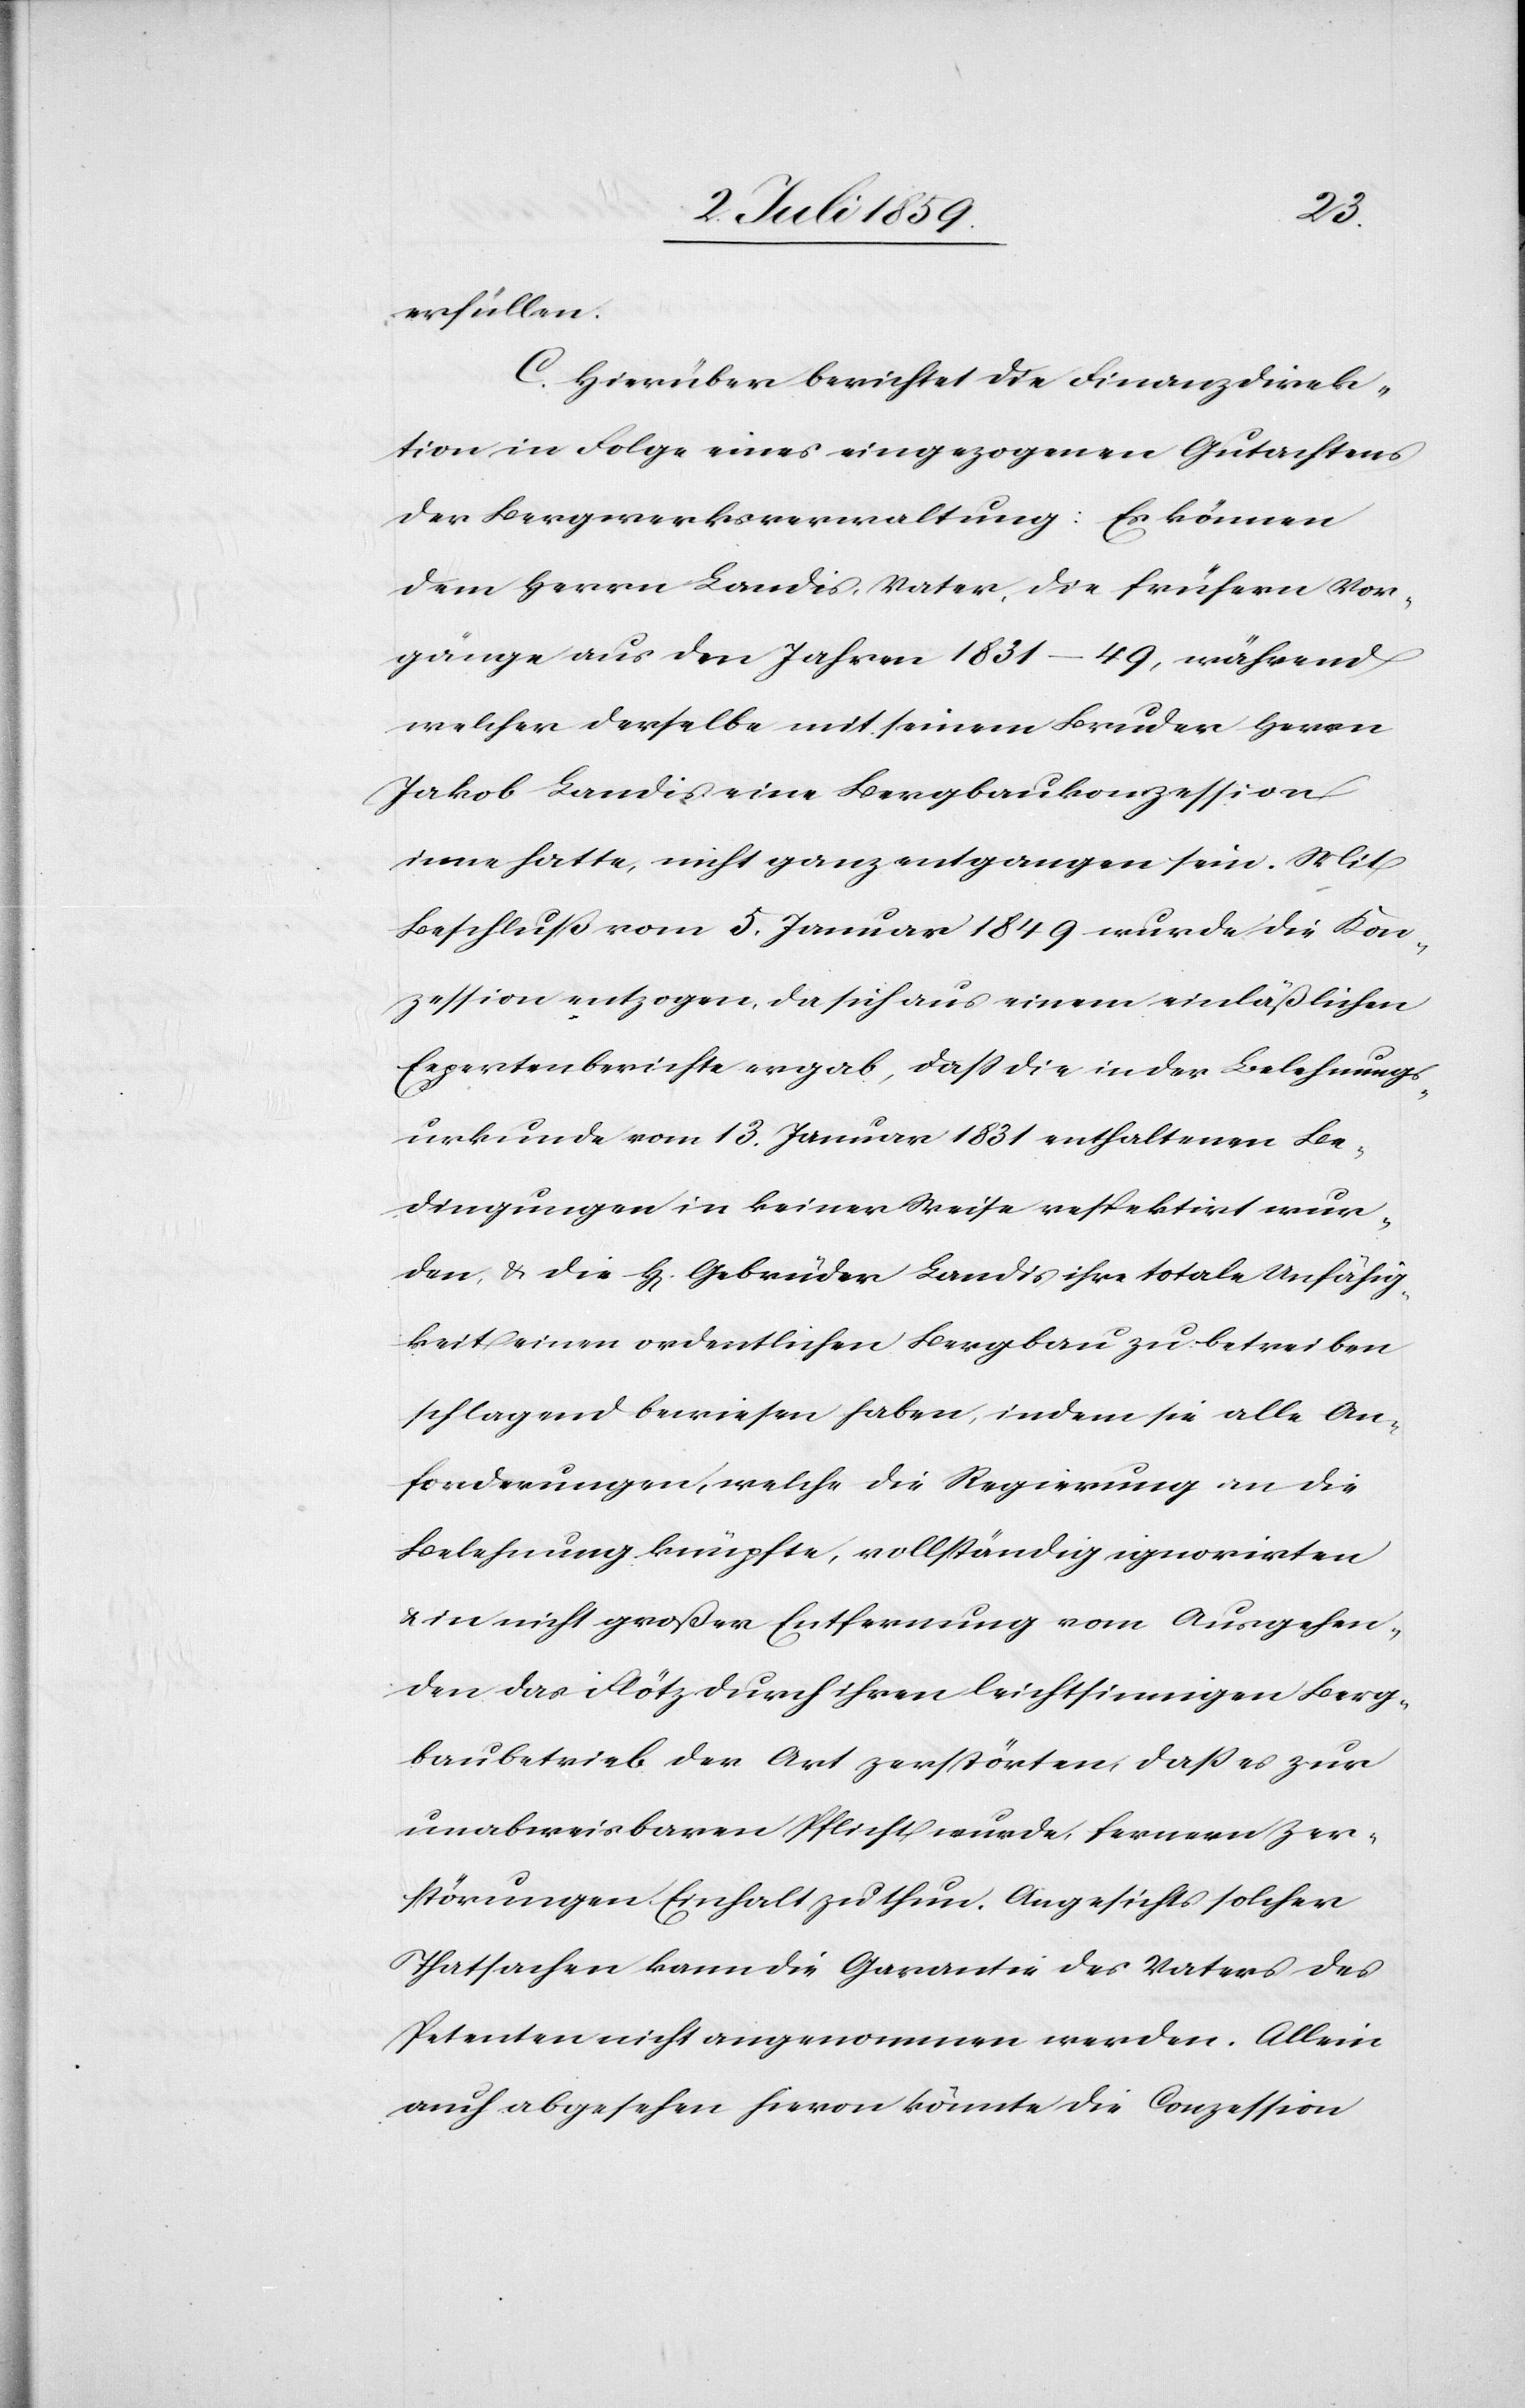
erfüllen.
C. Hierüber berichtet die Finanzdirek¬
tion in Folge eines eingezogenen Gutachtens
der Bergwerksverwaltung: Es können
dem Herrn Landis, Vater, die früheren Vor¬
gänge aus den Jahren 1831–49, während
welchen derselbe mit seinem Bruder Herrn
Jakob Landis eine Bergbaukonzession
inne hatte, nicht ganz entgangen sein. Mit
Beschluß vom 5. Januar 1849 wurde die Kon¬
zession entzogen, die sich aus einem einläßlichen
Expertenberichte ergab, daß die in der Belehnungs¬
urkunde vom 13. Januar 1831 enthaltenen Be¬
dingungen in keiner Weise reflektirt wur¬
den, u. die Hr. Gebrüder Landis ihre totale Unfähig¬
keit einen ordentlichen Bergbau zu betreiben
schlagend bewiesen haben, indem sie alle An¬
forderungen, welche die Regierung an die
Belehnung knüpfte vollständige ignorirten
u. in nicht großer Entfernung vom Ausgehen¬
den das Flötz durch ihren leichtsinnigen Berg¬
baubetrieb der Art zerstörten, daß es zur
unabweisbaren Pflicht wurde, fernere Zer¬
störungen Einhalt zu thun. Angesichts solchen
Thatsachen kann die Garantie des Vaters des
Petenten nicht angenommen werden. Allein
auch abgesehen hievon könnte die Conzession